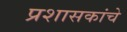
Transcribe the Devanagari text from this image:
प्रशासकांचे